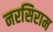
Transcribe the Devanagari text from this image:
नरसिराम